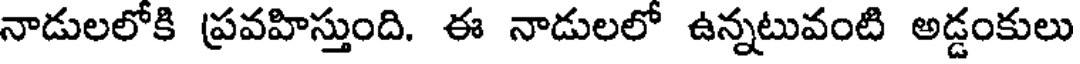
నాడులలోకి ప్రవహిస్తుంది. ఈ నాడులలో ఉన్నటువంటి అడ్డంకులు